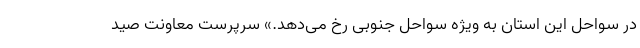
در سواحل این استان به ویژه سواحل جنوبی رخ می‌دهد.» سرپرست معاونت صید